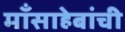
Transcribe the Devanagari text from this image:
माँसाहेबांची